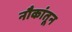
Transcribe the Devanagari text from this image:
नौकांतून